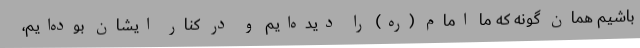
باشیم همان گونه که ما امام (ره) را دیده‌ایم و در کنار ایشان بوده‌ایم،